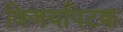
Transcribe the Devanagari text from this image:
विजयपिटक